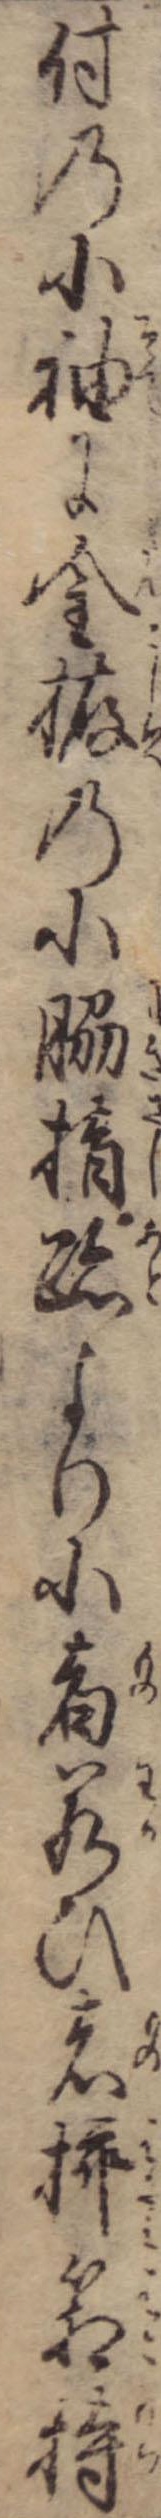
付の小袖に金拵の小脇指跡より小者若ひ者挿箱持